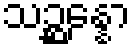
သဉ္ဆန္နော